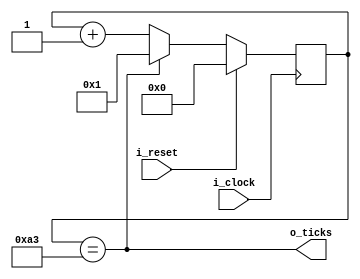
`timescale 1ns / 1ps

module baudrate_generator #(
    parameter LIMITE = 163,
    parameter COUNTER_BITS = 8
)(
    input wire i_clock,
    input wire i_reset,
    output wire o_ticks
);

reg [COUNTER_BITS-1 : 0] counter;

assign o_ticks = (counter == LIMITE);

always @(posedge i_clock)
begin
    if(i_reset)
        counter <= {COUNTER_BITS {1'b0}};
    else if(counter == LIMITE)
        counter <= {{COUNTER_BITS-1 {1'b0}}, 1'b1}; // counter = 1
    else
        counter <= counter + {{COUNTER_BITS-1 {1'b0}}, 1'b1}; // counter++
end

endmodule